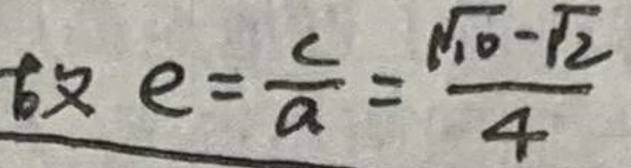
故$ e = \frac{c}{a} = \frac{\sqrt{10} - \sqrt{2}}{4}$